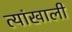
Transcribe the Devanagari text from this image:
त्यांखाली